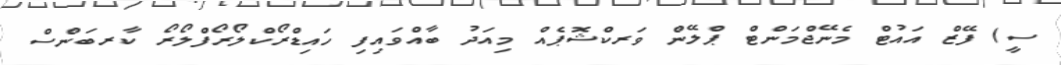
ސީ) ފޭޒް އައުޓް މެނޭޖްމަންޓް ޕްލޭން ވަރކްޝޮޕެއް މިއަދު ބާއްވައިފި ހައިޑްރޯކްލޯރޯފްލޯރޯ ކާރބަންސް